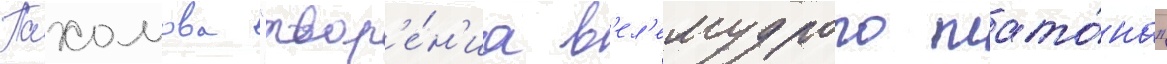
Пахомова "твор'е́н'иа в'ел'емудрого плато́на"